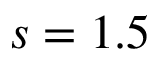
s = 1 . 5